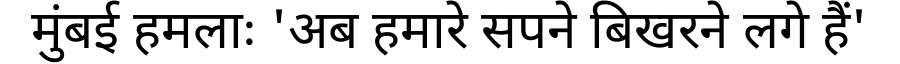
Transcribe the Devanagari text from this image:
मुंबई हमलाः 'अब हमारे सपने बिखरने लगे हैं'